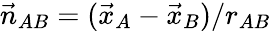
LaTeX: {\vec{n}}_{AB}=({\vec{x}}_{A}-{\vec{x}}_{B})/r_{AB}